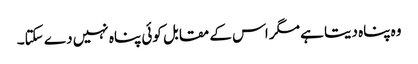
وہ پناہ دیتا ہے مگر اس کے مقابل کوئی پناہ نہیں دے سکتا۔